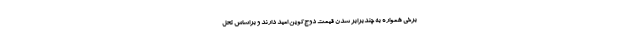
برخی همواره به چندبرابر شدن قیمت دوج‌کوین امید دارند و براساس تحل